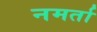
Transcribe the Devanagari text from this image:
नमर्ता